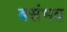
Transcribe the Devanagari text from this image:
बसंभव